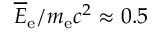
\overline { E } _ { \mathrm { e } } / m _ { \mathrm { e } } c ^ { 2 } \approx 0 . 5